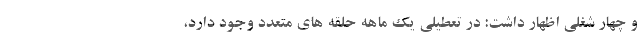
و چهار شغلی اظهار داشت: در تعطیلی یک ماهه حلقه های متعدد وجود دارد،